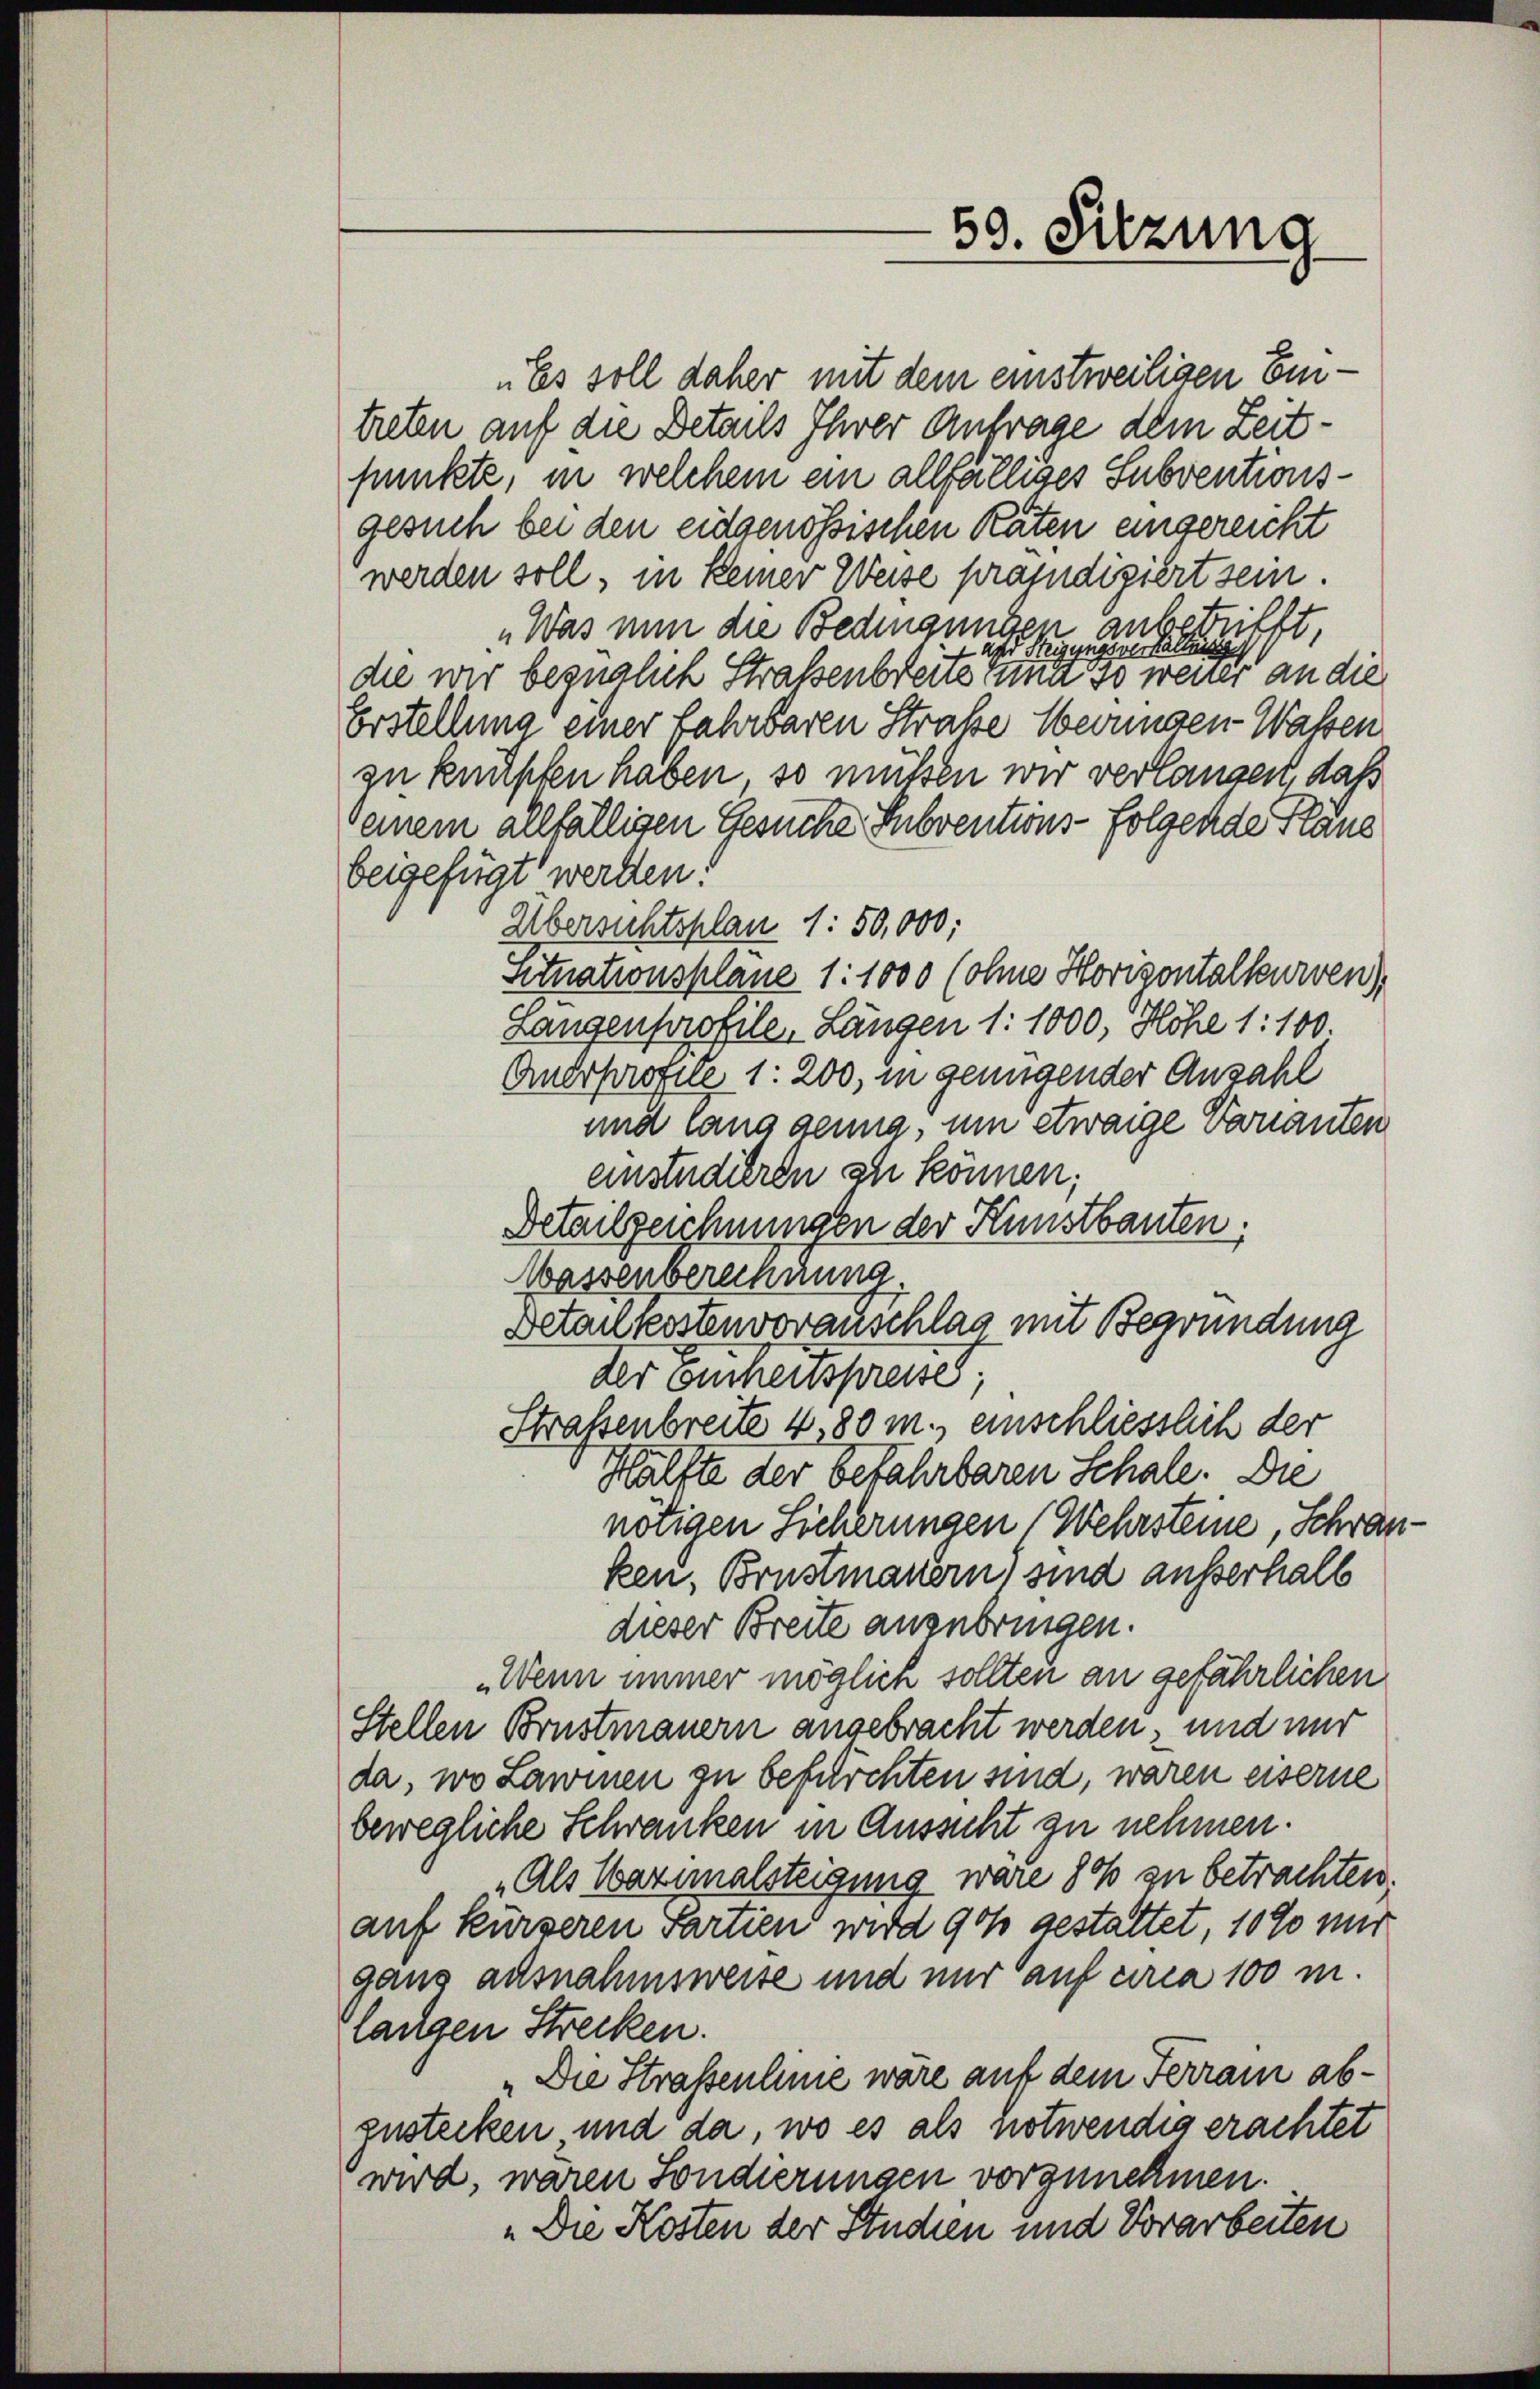
59. Sitzung

„Es soll daher mit dem einstweiligen Eintreten auf die Details Ihrer Antrage dem Zeitpunkte, in welchem ein allfälliges Subventionsgesuch bei den eidgenössischen Raten eingereicht
werden soll, in keiner Weise praedigiert sein.
„Was nun die Bedingungen anbetrifft,
igungsverhaltung
a S.
die wir bezüglich Straßenbreite zum so wener an die
Erstellung einer Fahrbaren Straße berungen Wassen
zu knüpfen haben, so müßen wir verlangen, daß
seinem allfälligen Gesuche Subventions-folgende Pläne
beigefügt werden.
Übersichtsplan 1: 50,000;
Situationsplane 1:1000 (ohne Horizontalkurven)
Längenprofile, Längen 1:1000, Höhe 1: 100.
Auerhofne 1: 200, in genügender Anzahl
und lang genug, um etwaige Varianten
enstudieren ih können;
Detailzeichnungen der Kunstbauten.
Wassenberechnung.
Detailkostenvoranschlag mit Begründung
der Einheitsfreue,
Straßenbreite 4.80 m., einschliesslich der
Hälfte der befahrbaren Schale. Die
nötigen Sicherungen (Wehrsteine, Schranken, Brustmauern) sind ausserhalb
dieser Breite anzubringen.
„Wenn immer möglich sollten an gefährlichen
Stellen Brustmauern angebracht werden, und mir
da, wo Lawinen zu befürchten sind, waren eiserne
bewegliche Schranken in Aussicht zu nehmen.
„Als Wazinalsteigung wäre dos zu betrachten.
auf kürzeren Partien wird got gestattet, 1090 mir
ganz ausnahmsweise und nur auf circa 100 m.
langen Strecken.
„Die Strassenhine wäre auf dem Ferrain abgustecken und da, wo es als notwendig erachtet
wird, wären Sondierungen vorzunehmen.
„Die Kosten der Studien und Vorarbeiten